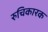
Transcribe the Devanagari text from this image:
रुचिकारक